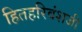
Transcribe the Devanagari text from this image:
हितहरिवंशजी